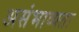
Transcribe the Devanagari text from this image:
असंभाव्यता